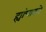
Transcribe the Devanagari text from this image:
ह्यांचाकडे